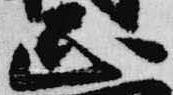
正